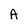
Character: A